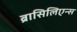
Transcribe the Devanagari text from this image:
ब्रासिलिएन्स